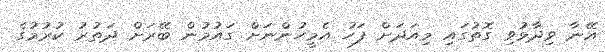
އޭނާ ވިދާޅުވި ގޮތުގައި މިއަދަށް ފަހު އެމީހުންނަށް ގައުމުން ބޭރަށް ދަތުރު ކުރުމުގެ